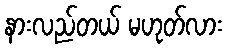
နားလည်တယ် မဟုတ်လား